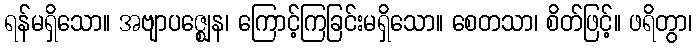
ရန်မရှိသော။ အဗျာပဇ္ဈေန၊ ကြောင့်ကြခြင်းမရှိသော။ စေတသာ၊ စိတ်ဖြင့်။ ဖရိတွာ၊